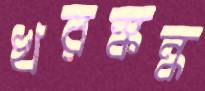
খরস্কন্ধ